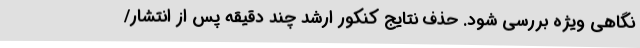
نگاهی ویژه بررسی شود. حذف نتایج کنکور ارشد چند دقیقه پس از انتشار/